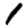
Digit: 1